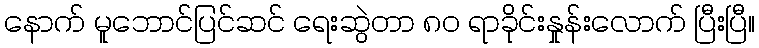
နောက် မူဘောင်ပြင်ဆင် ရေးဆွဲတာ ၈ဝ ရာခိုင်းနှုန်းလောက် ပြီးပြီ။